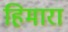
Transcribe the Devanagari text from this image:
हिमारा